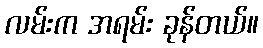
လမ်းက အရမ်း ခုန်တယ်။